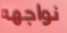
نواجهه